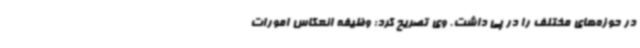
در حوزه‌های مختلف را در پی داشت. وی تصریح کرد: وظیفه انعکاس امورات